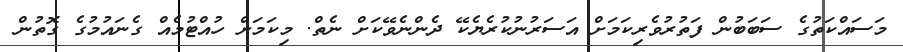
މަސައްކަތުގެ ސަބަބުން ފަތުރުވެރިކަމަށް އަސަރުނުކުރެޔެކޭ ދެންނެވޭކަށް ނެތް. މިކަމަށް ހުއްޓުމެއް ގެނައުމުގެ ގޮތުން